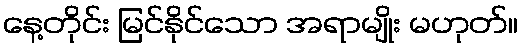
နေ့တိုင်း မြင်နိုင်သော အရာမျိုး မဟုတ်။